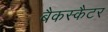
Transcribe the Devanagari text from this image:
बैकस्कैटर